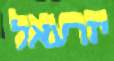
יזרעאל